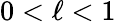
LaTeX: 0<\ell<1